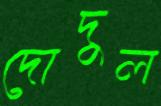
দোদুল